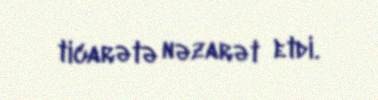
ticarətə nəzarət etdi.